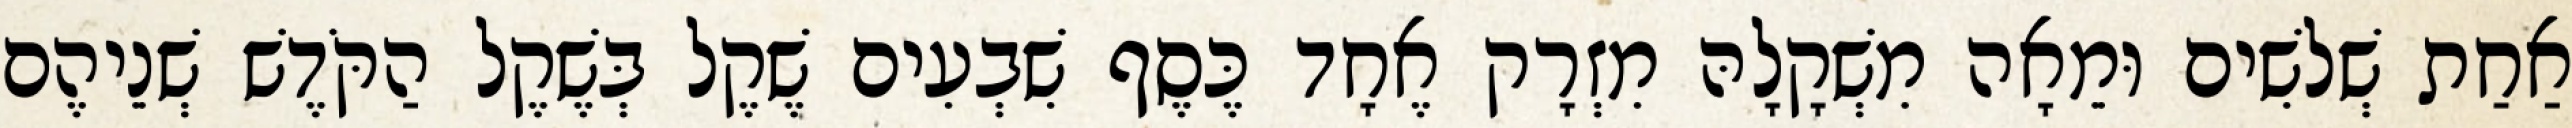
אַחַת שְׁלשִׁים וּמֵאָה מִשְׁקָלָהּ מִזְרָק אֶחָד כֶּסֶף שִׁבְעִים שֶׁקֶל בְּשֶׁקֶל הַקֹּדֶשׁ שְׁנֵיהֶם